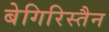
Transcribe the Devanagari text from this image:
बेगिरिस्तैन